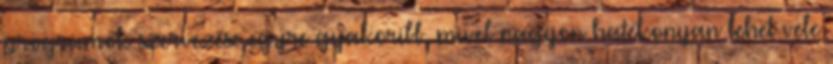
programok szervezése egyre gyakoribb, mivel nagyon hatékonyan lehet vele